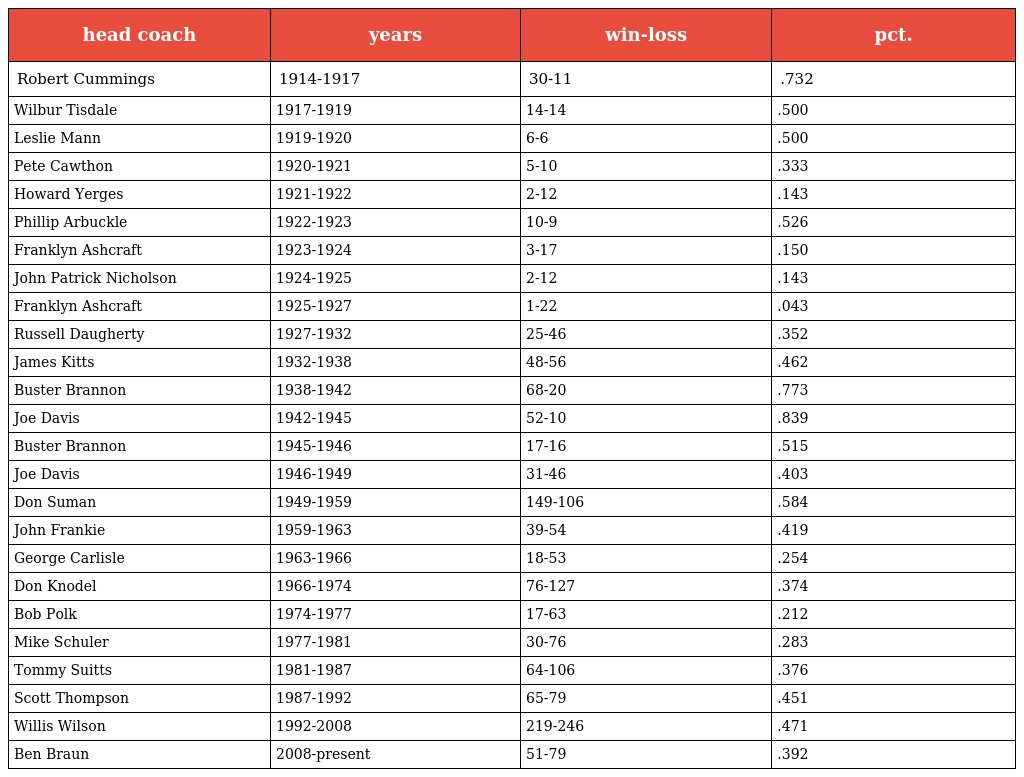
| head coach | years | win-loss | pct. |
 | --- | --- | --- | --- |
 | Robert Cummings | 1914-1917 | 30-11 | .732 |
 | Wilbur Tisdale | 1917-1919 | 14-14 | .500 |
 | Leslie Mann | 1919-1920 | 6-6 | .500 |
 | Pete Cawthon | 1920-1921 | 5-10 | .333 |
 | Howard Yerges | 1921-1922 | 2-12 | .143 |
 | Phillip Arbuckle | 1922-1923 | 10-9 | .526 |
 | Franklyn Ashcraft | 1923-1924 | 3-17 | .150 |
 | John Patrick Nicholson | 1924-1925 | 2-12 | .143 |
 | Franklyn Ashcraft | 1925-1927 | 1-22 | .043 |
 | Russell Daugherty | 1927-1932 | 25-46 | .352 |
 | James Kitts | 1932-1938 | 48-56 | .462 |
 | Buster Brannon | 1938-1942 | 68-20 | .773 |
 | Joe Davis | 1942-1945 | 52-10 | .839 |
 | Buster Brannon | 1945-1946 | 17-16 | .515 |
 | Joe Davis | 1946-1949 | 31-46 | .403 |
 | Don Suman | 1949-1959 | 149-106 | .584 |
 | John Frankie | 1959-1963 | 39-54 | .419 |
 | George Carlisle | 1963-1966 | 18-53 | .254 |
 | Don Knodel | 1966-1974 | 76-127 | .374 |
 | Bob Polk | 1974-1977 | 17-63 | .212 |
 | Mike Schuler | 1977-1981 | 30-76 | .283 |
 | Tommy Suitts | 1981-1987 | 64-106 | .376 |
 | Scott Thompson | 1987-1992 | 65-79 | .451 |
 | Willis Wilson | 1992-2008 | 219-246 | .471 |
 | Ben Braun | 2008-present | 51-79 | .392 |